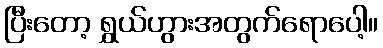
ပြီးတော့ ရွှယ်ဟွားအတွက်ရောပေါ့။